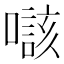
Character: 𡀲